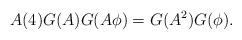
LaTeX: \begin{align*}A(4) G(A) G(A \phi) = G(A^2) G(\phi).\end{align*}